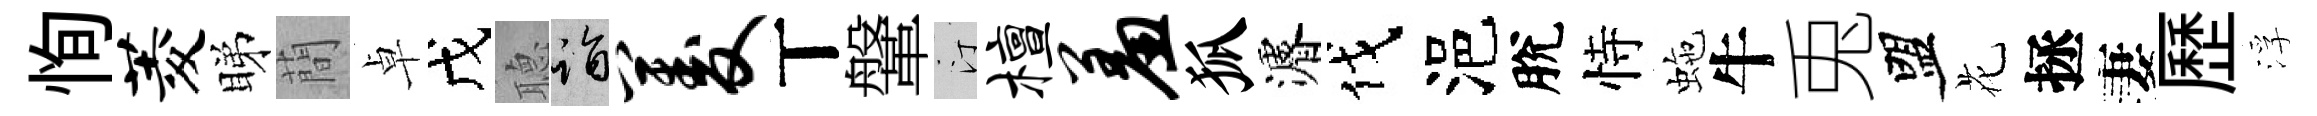
恂菱睇蕳卓戊𦗟诣菱丅鞶汀檀羞狐濬伐浥脫恃虵牛兎盟花拯妻歷浮